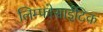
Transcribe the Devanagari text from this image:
लिम्फोसाईटिक